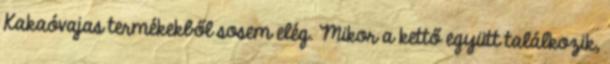
Kakaóvajas termékekből sosem elég. Mikor a kettő együtt találkozik,